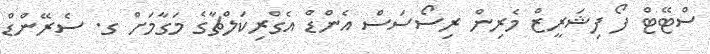
ސްޓޭޓް ފޯ ފިޝަރީޒް މެރިން ރިސޯސަސް އެންޑް އެގްރިކަލްޗާގެ މަގާމަށް ގ. ސެރޭންޑް